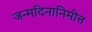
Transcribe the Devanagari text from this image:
जन्मदिनानिमीत्त